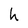
Character: h